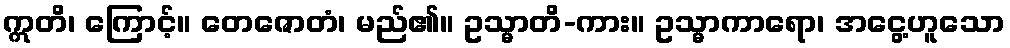
ဣတိ၊ ကြောင့်။ တေဇောတံ၊ မည်၏။ ဥသ္မာတိ-ကား။ ဥသ္မာကာရော၊ အငွေ့ဟူသော